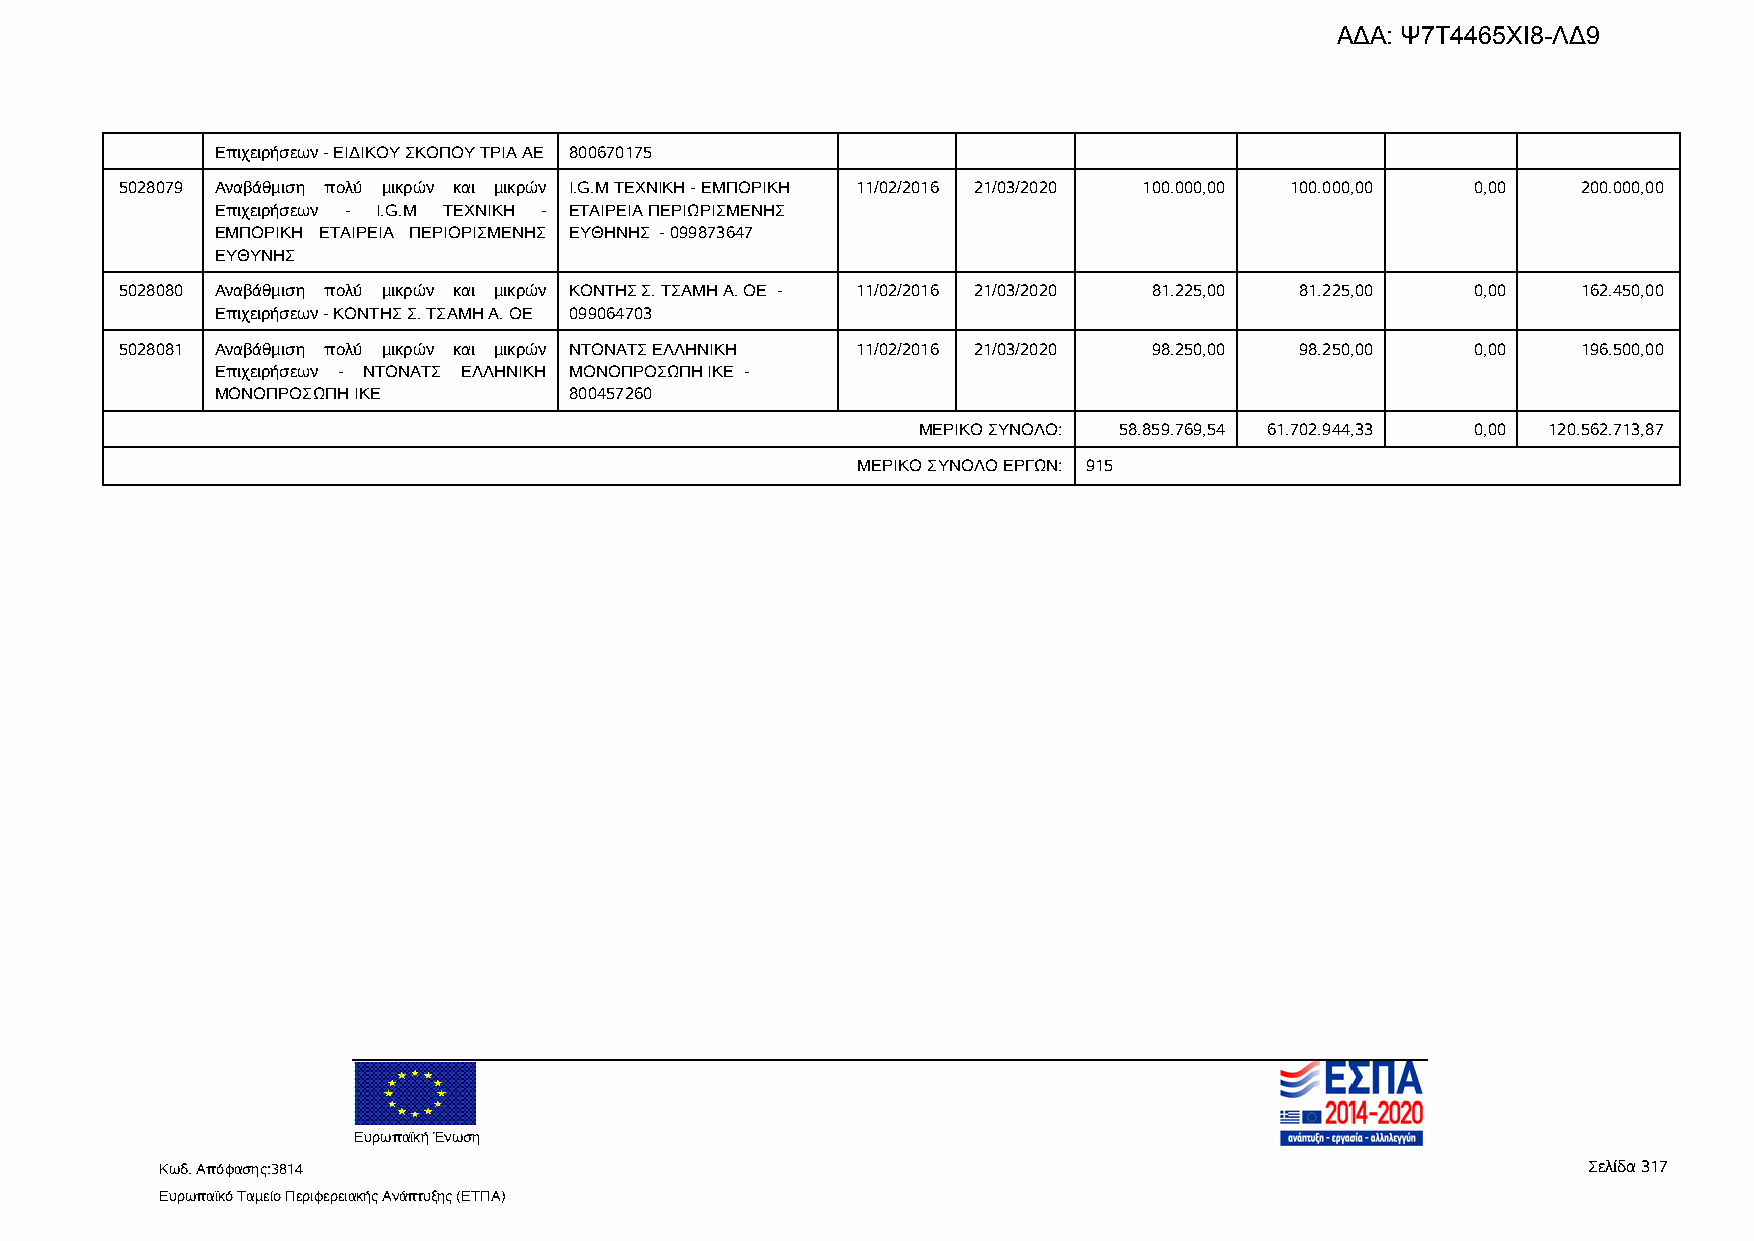
Επιχειρήσεων-ΕΙΔΙΚΟΥΣΚΟΠΟΥΤΡΙΑΑΕ 800670175
 5028079 Αναβάθμιση πολύ μικρών και μικρών I.G.M ΤΕΧΝΙΚΗ - ΕΜΠΟΡΙΚΗ 11/02/2016 21/03/2020 100.000,00 100.000,00 0,00 200.000,00
 Επιχειρήσεων - I.G.M ΤΕΧΝΙΚΗ - ΕΤΑΙΡΕΙΑ ΠΕΡΙΩΡΙΣΜΕΝΗΣ
 ΕΜΠΟΡΙΚΗ ΕΤΑΙΡΕΙΑ ΠΕΡΙΟΡΙΣΜΕΝΗΣ ΕΥΘΗΝΗΣ - 099873647
 ΕΥΘΥΝΗΣ
 5028080 Αναβάθμιση πολύ μικρών και μικρών ΚΟΝΤΗΣ Σ. ΤΣΑΜΗ Α. ΟΕ - 11/02/2016 21/03/2020 81.225,00 81.225,00 0,00 162.450,00
 Επιχειρήσεων-ΚΟΝΤΗΣΣ.ΤΣΑΜΗΑ.ΟΕ 099064703
 5028081 Αναβάθμιση πολύ μικρών και μικρών ΝΤΟΝΑΤΣ ΕΛΛΗΝΙΚΗ 11/02/2016 21/03/2020 98.250,00 98.250,00 0,00 196.500,00
 Επιχειρήσεων - ΝΤΟΝΑΤΣ ΕΛΛΗΝΙΚΗ ΜΟΝΟΠΡΟΣΩΠΗ ΙΚΕ -
 ΜΟΝΟΠΡΟΣΩΠΗΙΚΕ          800457260
 ΜΕΡΙΚΟ ΣΥΝΟΛΟ: 58.859.769,54 61.702.944,33 0,00 120.562.713,87
 ΜΕΡΙΚΟ ΣΥΝΟΛΟ ΕΡΓΩΝ: 915
 Ευρωπαϊκή Ένωση
 Κωδ. Απόφασης:3814                                                                            Σελίδα 317
 Ευρωπαϊκό Ταμείο Περιφερειακής Ανάπτυξης (ΕΤΠΑ)